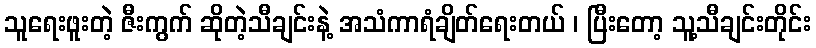
သူရေးဖူးတဲ့ ဇီးကွက် ဆိုတဲ့သီချင်းနဲ့ အသံကာရံချိတ်ရေးတယ် ၊ ပြီးတော့ သူ့သီချင်းတိုင်း